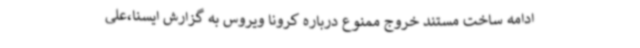
ادامه ساخت مستند خروج ممنوع درباره کرونا ویروس به گزارش ایسنا،علی